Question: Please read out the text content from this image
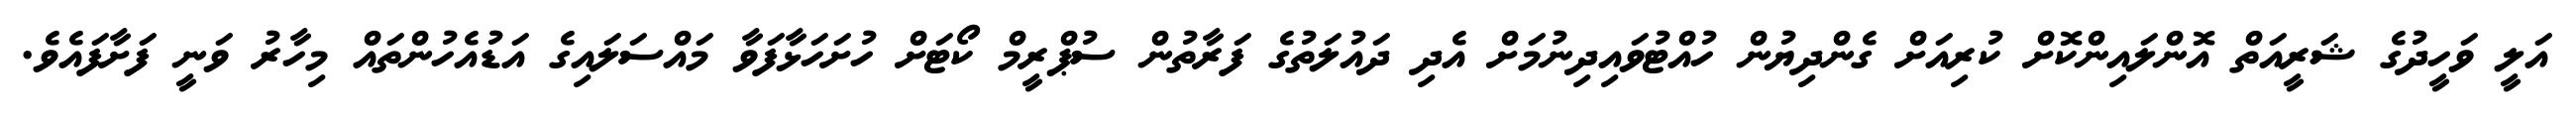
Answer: އަލީ ވަހީދުގެ ޝަރީއަތް އޮންލައިންކޮށް ކުރިއަށް ގެންދިޔުން ހުއްޓުވައިދިނުމަށް އެދި ދައުލަތުގެ ފަރާތުން ސުޕްރީމް ކޯޓަށް ހުށަހަޅާފަވާ މައްސަލައިގެ އަޑުއެހުންތައް މިހާރު ވަނީ ފަށާފައެވެ.